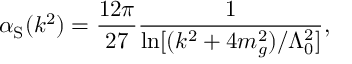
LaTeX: \alpha _ { \mathrm S } ( k ^ { 2 } ) = { \frac { 1 2 \pi } { 2 7 } } { \frac { 1 } { \ln [ ( k ^ { 2 } + 4 m _ { g } ^ { 2 } ) / \Lambda _ { 0 } ^ { 2 } ] } } ,